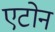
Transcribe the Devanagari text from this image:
एटोन